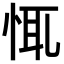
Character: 㤴